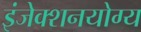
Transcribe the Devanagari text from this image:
इंजेक्शनयोग्य